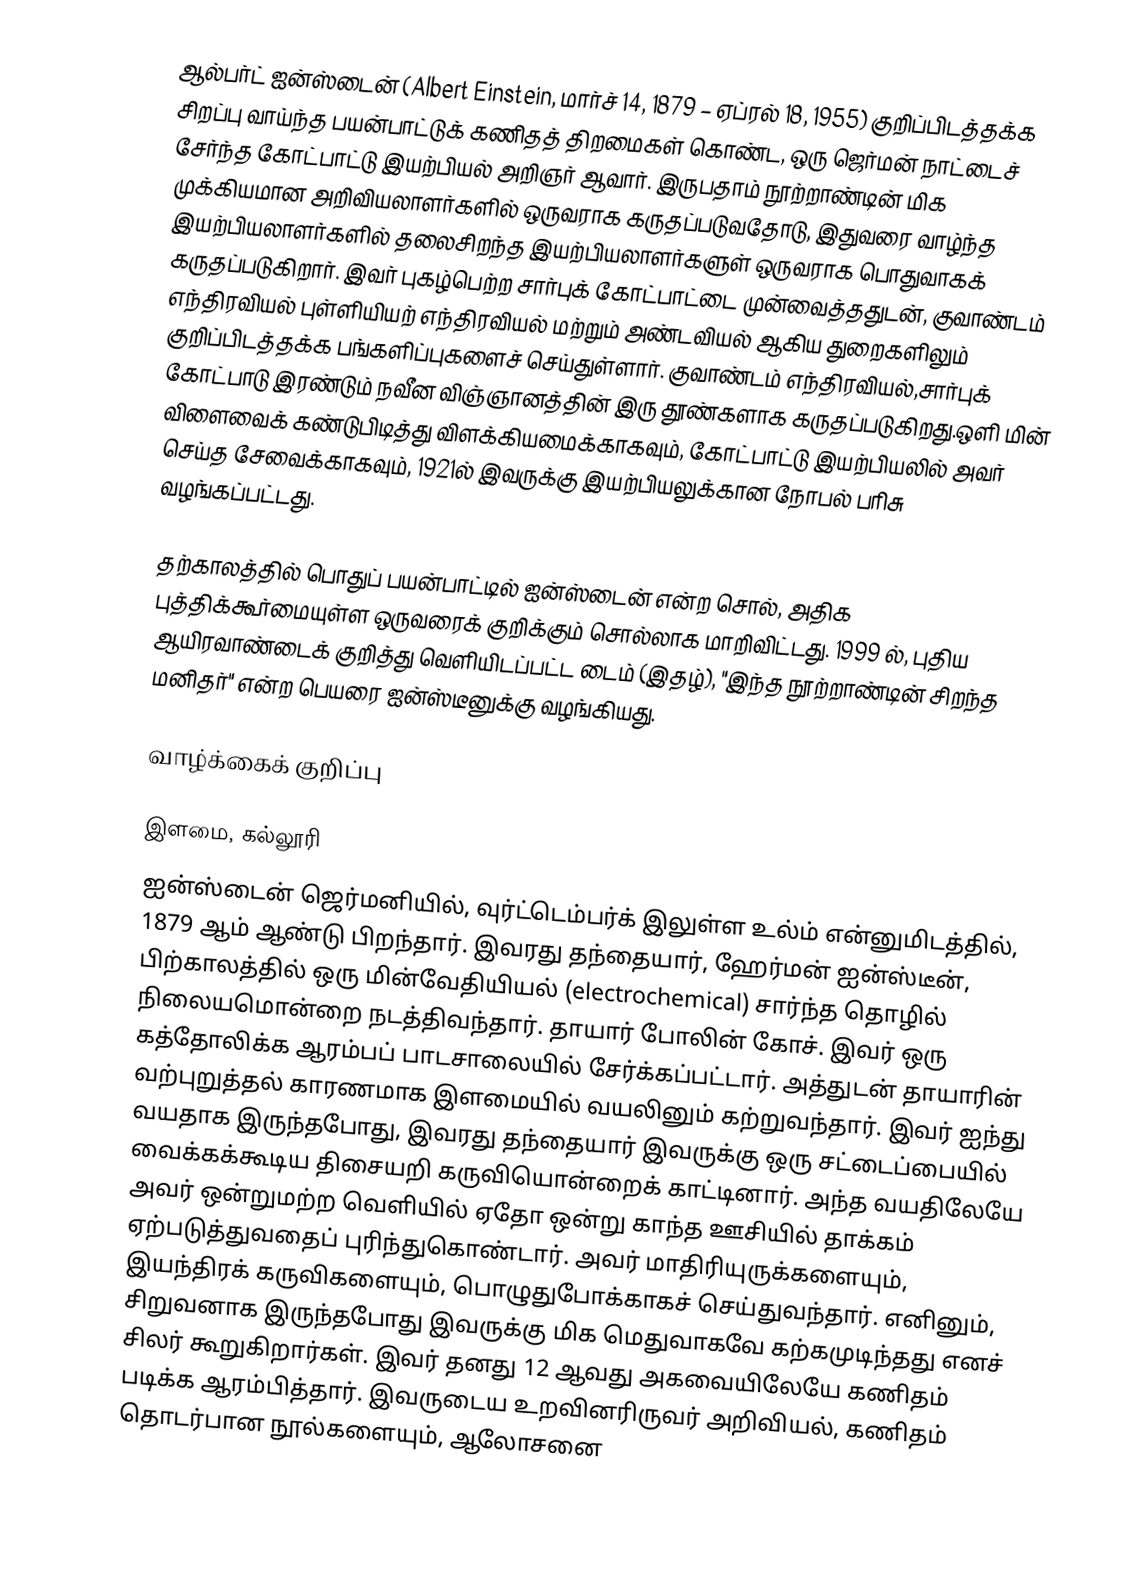
ஆல்பர்ட் ஐன்ஸ்டைன் (Albert Einstein, மார்ச் 14, 1879 – ஏப்ரல் 18, 1955) குறிப்பிடத்தக்க சிறப்பு வாய்ந்த பயன்பாட்டுக் கணிதத் திறமைகள் கொண்ட, ஒரு  ஜெர்மன் நாட்டைச் சேர்ந்த கோட்பாட்டு இயற்பியல் அறிஞர் ஆவார்.  இருபதாம் நூற்றாண்டின்  மிக முக்கியமான அறிவியலாளர்களில் ஒருவராக கருதப்படுவதோடு, இதுவரை வாழ்ந்த இயற்பியலாளர்களில் தலைசிறந்த இயற்பியலாளர்களுள்  ஒருவராக பொதுவாகக் கருதப்படுகிறார். இவர் புகழ்பெற்ற சார்புக் கோட்பாட்டை  முன்வைத்ததுடன், குவாண்டம் எந்திரவியல் புள்ளியியற் எந்திரவியல் மற்றும் அண்டவியல் ஆகிய துறைகளிலும் குறிப்பிடத்தக்க பங்களிப்புகளைச் செய்துள்ளார். குவாண்டம் எந்திரவியல்,சார்புக் கோட்பாடு இரண்டும் நவீன விஞ்ஞானத்தின் இரு தூண்களாக கருதப்படுகிறது.ஒளி மின் விளைவைக் கண்டுபிடித்து விளக்கியமைக்காகவும், கோட்பாட்டு இயற்பியலில் அவர் செய்த சேவைக்காகவும், 1921ல் இவருக்கு இயற்பியலுக்கான நோபல் பரிசு வழங்கப்பட்டது.

தற்காலத்தில் பொதுப் பயன்பாட்டில் ஐன்ஸ்டைன் என்ற சொல், அதிக புத்திக்கூர்மையுள்ள ஒருவரைக் குறிக்கும் சொல்லாக மாறிவிட்டது. 1999 ல், புதிய ஆயிரவாண்டைக் குறித்து வெளியிடப்பட்ட டைம் (இதழ்), "இந்த நூற்றாண்டின் சிறந்த மனிதர்" என்ற பெயரை ஐன்ஸ்டீனுக்கு வழங்கியது.

வாழ்க்கைக் குறிப்பு

இளமை, கல்லூரி
ஐன்ஸ்டைன் ஜெர்மனியில், வுர்ட்டெம்பர்க் இலுள்ள உல்ம் என்னுமிடத்தில், 1879 ஆம் ஆண்டு பிறந்தார். இவரது தந்தையார், ஹேர்மன் ஐன்ஸ்டீன், பிற்காலத்தில் ஒரு மின்வேதியியல் (electrochemical) சார்ந்த தொழில் நிலையமொன்றை நடத்திவந்தார். தாயார் போலின் கோச். இவர் ஒரு கத்தோலிக்க ஆரம்பப் பாடசாலையில் சேர்க்கப்பட்டார். அத்துடன் தாயாரின் வற்புறுத்தல் காரணமாக இளமையில் வயலினும் கற்றுவந்தார். இவர் ஐந்து வயதாக இருந்தபோது, இவரது தந்தையார் இவருக்கு ஒரு சட்டைப்பையில் வைக்கக்கூடிய திசையறி கருவியொன்றைக் காட்டினார். அந்த வயதிலேயே அவர் ஒன்றுமற்ற வெளியில் ஏதோ ஒன்று காந்த ஊசியில் தாக்கம் ஏற்படுத்துவதைப் புரிந்துகொண்டார். அவர் மாதிரியுருக்களையும், இயந்திரக் கருவிகளையும், பொழுதுபோக்காகச் செய்துவந்தார். எனினும், சிறுவனாக இருந்தபோது இவருக்கு மிக மெதுவாகவே கற்கமுடிந்தது எனச் சிலர் கூறுகிறார்கள். இவர் தனது 12 ஆவது அகவையிலேயே கணிதம் படிக்க ஆரம்பித்தார். இவருடைய உறவினரிருவர் அறிவியல், கணிதம் தொடர்பான நூல்களையும், ஆலோசனை